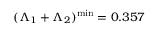
( \Lambda _ { 1 } + \Lambda _ { 2 } ) ^ { \mathrm { m i n } } = 0 . 3 5 7